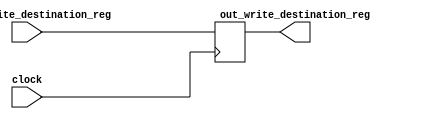
`timescale 1ps / 1ps
//////////////////////////////////////////////////////////////////////////////////
// Company: 
// Engineer: 
// 
// Design Name: 
// Module Name: write_destination_reg_ID_EX_stage
// Project Name: 
// Target Devices: 
// Tool Versions: 
// Description: 
// 
// Dependencies: 
// 
// Revision:
// Revision 0.01 - File Created
// Additional Comments:
// 
//////////////////////////////////////////////////////////////////////////////////


module write_destination_reg_ID_EX_stage(input signal_write_destination_reg,input clock,output reg out_write_destination_reg);

always@(posedge clock)
out_write_destination_reg=signal_write_destination_reg;
endmodule